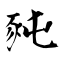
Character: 豘